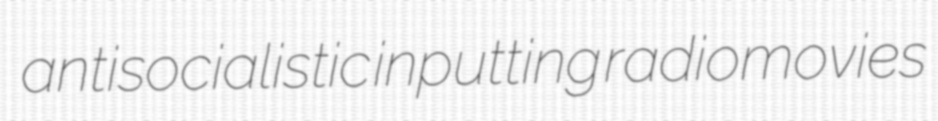
antisocialistic inputting radiomovies